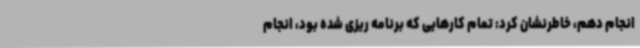
انجام دهم، خاطرنشان کرد: تمام کارهایی که برنامه ریزی شده بود، انجام